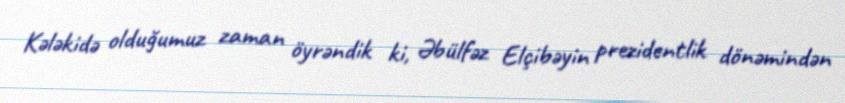
Kələkidə olduğumuz zaman öyrəndik ki, Əbülfəz Elçibəyin prezidentlik dönəmindən